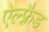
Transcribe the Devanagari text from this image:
ऐल्फ़्रैड